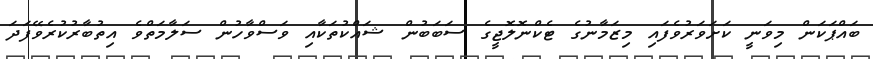
ބައްޕަކަން މިވަނީ ކަށަވަރުވެފައި މިޒަމާނުގެ ޓެކްނޮލޮޖީގެ ސަބަބުން ޝައްކުތަކާއި ވަސްވާހުން ސަލާމަތްވެ އިތުބާރުކުރެވޭފަދަ